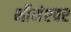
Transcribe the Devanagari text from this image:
भीमेश्‍वर